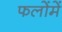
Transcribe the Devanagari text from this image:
फलोंमें